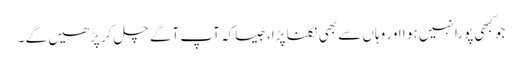
جوکبھی پورا نہیں ہو ا اور وہاں سے بھی نکلنا پڑا،جیساکہ آپ آگے چل کر پڑھیں گے ۔